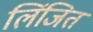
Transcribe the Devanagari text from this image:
लिंजित